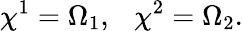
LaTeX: \chi^{1}=\Omega_{1},~~~\chi^{2}=\Omega_{2}.